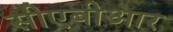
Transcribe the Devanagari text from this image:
सीएबीआर